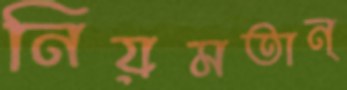
নিয়মতান্